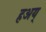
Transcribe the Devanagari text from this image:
हअय्